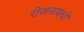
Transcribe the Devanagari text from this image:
रोजनामचों